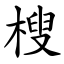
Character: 㮴